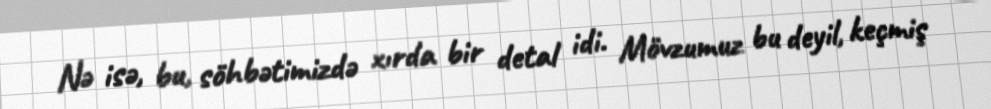
Nə isə, bu, söhbətimizdə xırda bir detal idi. Mövzumuz bu deyil, keçmiş